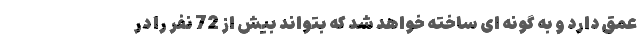
عمق دارد و به گونه ای ساخته خواهد شد که بتواند بیش از 72 نفر را در